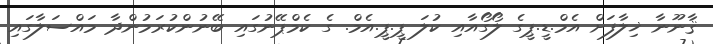
ޤާނޫނާ ޚިލާފަށް އެމް.ޑީ.ޕީގެ ލޯގޯއާއި ކުލަ ޕީ.ޕީ.އެމް. ގެ ކެމްޕޭނުގައި ބޭނުންކުރަމުންދާ މައްސަލާގައި